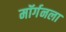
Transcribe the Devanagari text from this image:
मॉर्गनला